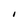
Character: I